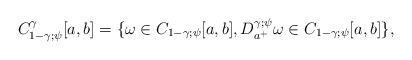
LaTeX: \begin{align*}C_{1-\gamma ;\psi }^{\gamma }[a,b]=\{\omega \in C_{1-\gamma ;\psi}[a,b],D_{a^{+}}^{\gamma ;\psi }\omega \in C_{1-\gamma ;\psi }[a,b]\},\end{align*}